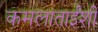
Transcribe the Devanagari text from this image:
कमलाताईंशी